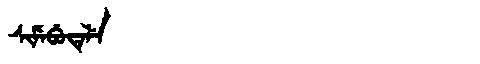
Manchu: ᠰᡳᠮᡝᠪᡠᡨᡝᠯᡝ
Romanization: SIMEBUTELE